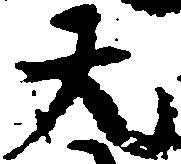
大